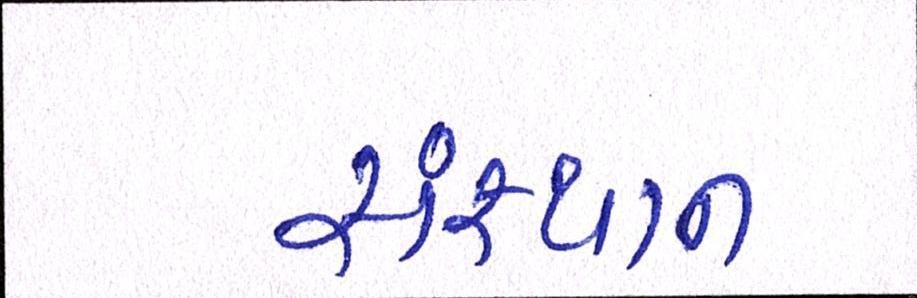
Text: સંસ્થાન